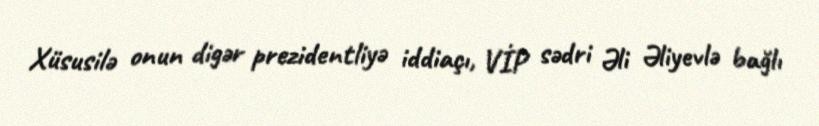
Xüsusilə onun digər prezidentliyə iddiaçı, VİP sədri Əli Əliyevlə bağlı